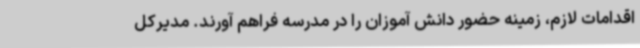
اقدامات لازم، زمینه حضور دانش آموزان را در مدرسه فراهم آورند. مدیرکل